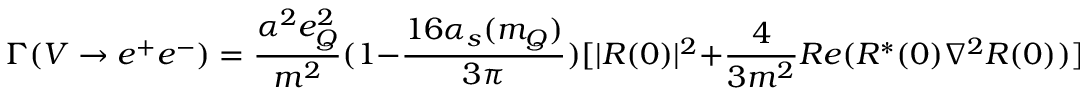
\Gamma ( V \rightarrow e ^ { + } e ^ { - } ) = \frac { \alpha ^ { 2 } e _ { Q } ^ { 2 } } { m ^ { 2 } } ( 1 - \frac { 1 6 \alpha _ { s } ( m _ { Q } ) } { 3 \pi } ) [ | R ( 0 ) | ^ { 2 } + \frac { 4 } { 3 m ^ { 2 } } R e ( R ^ { \ast } ( 0 ) \nabla ^ { 2 } R ( 0 ) ) ] ,